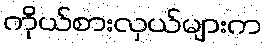
ကိုယ်စားလှယ်များက